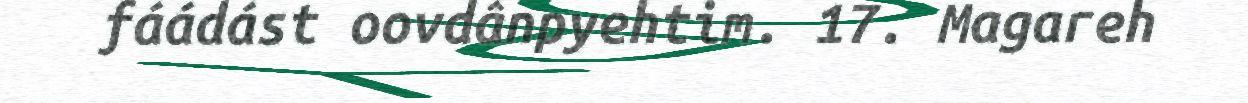
fáádást oovdânpyehtim. 17. Magareh